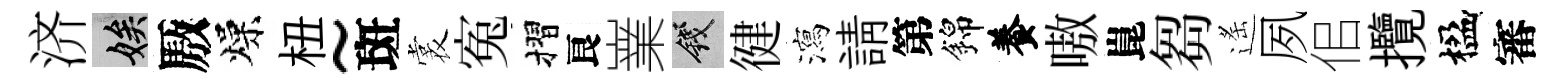
济娭厫燥杻~斑裳寃摺良嶪錢徤瀉請第錦養嗷崑芻遙夙佀攬楹審